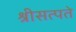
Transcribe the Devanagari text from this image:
श्रीसत्पते